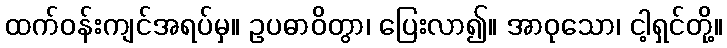
ထက်ဝန်းကျင်အရပ်မှ။ ဥပဓာဝိတွာ၊ ပြေးလာ၍။ အာဝုသော၊ ငါ့ရှင်တို့။